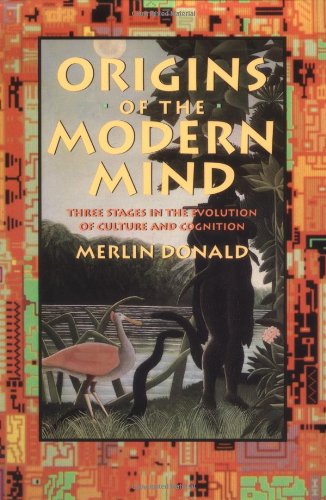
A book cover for Origins of the Modern Mind: Three Stages in the Evolution of Culture and Cognition; Merlin Donald; Medical Books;